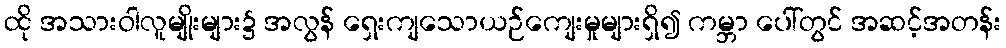
ထို အသားဝါလူမျိုးများ၌ အလွန် ရှေးကျသောယဉ်ကျေးမှုများရှိ၍ ကမ္ဘာ ပေါ်တွင် အဆင့်အတန်း